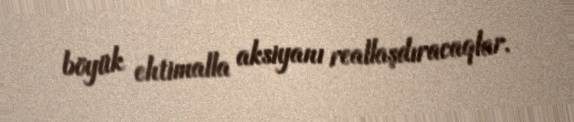
böyük ehtimalla aksiyanı reallaşdıracaqlar.